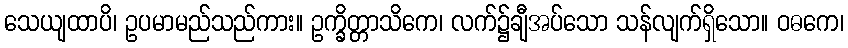
သေယျထာပိ၊ ဥပမာမည်သည်ကား။ ဥက္ခိတ္တာသိကေ၊ လက်၌ချီအပ်သော သန်လျက်ရှိသော။ ဝဓကေ၊